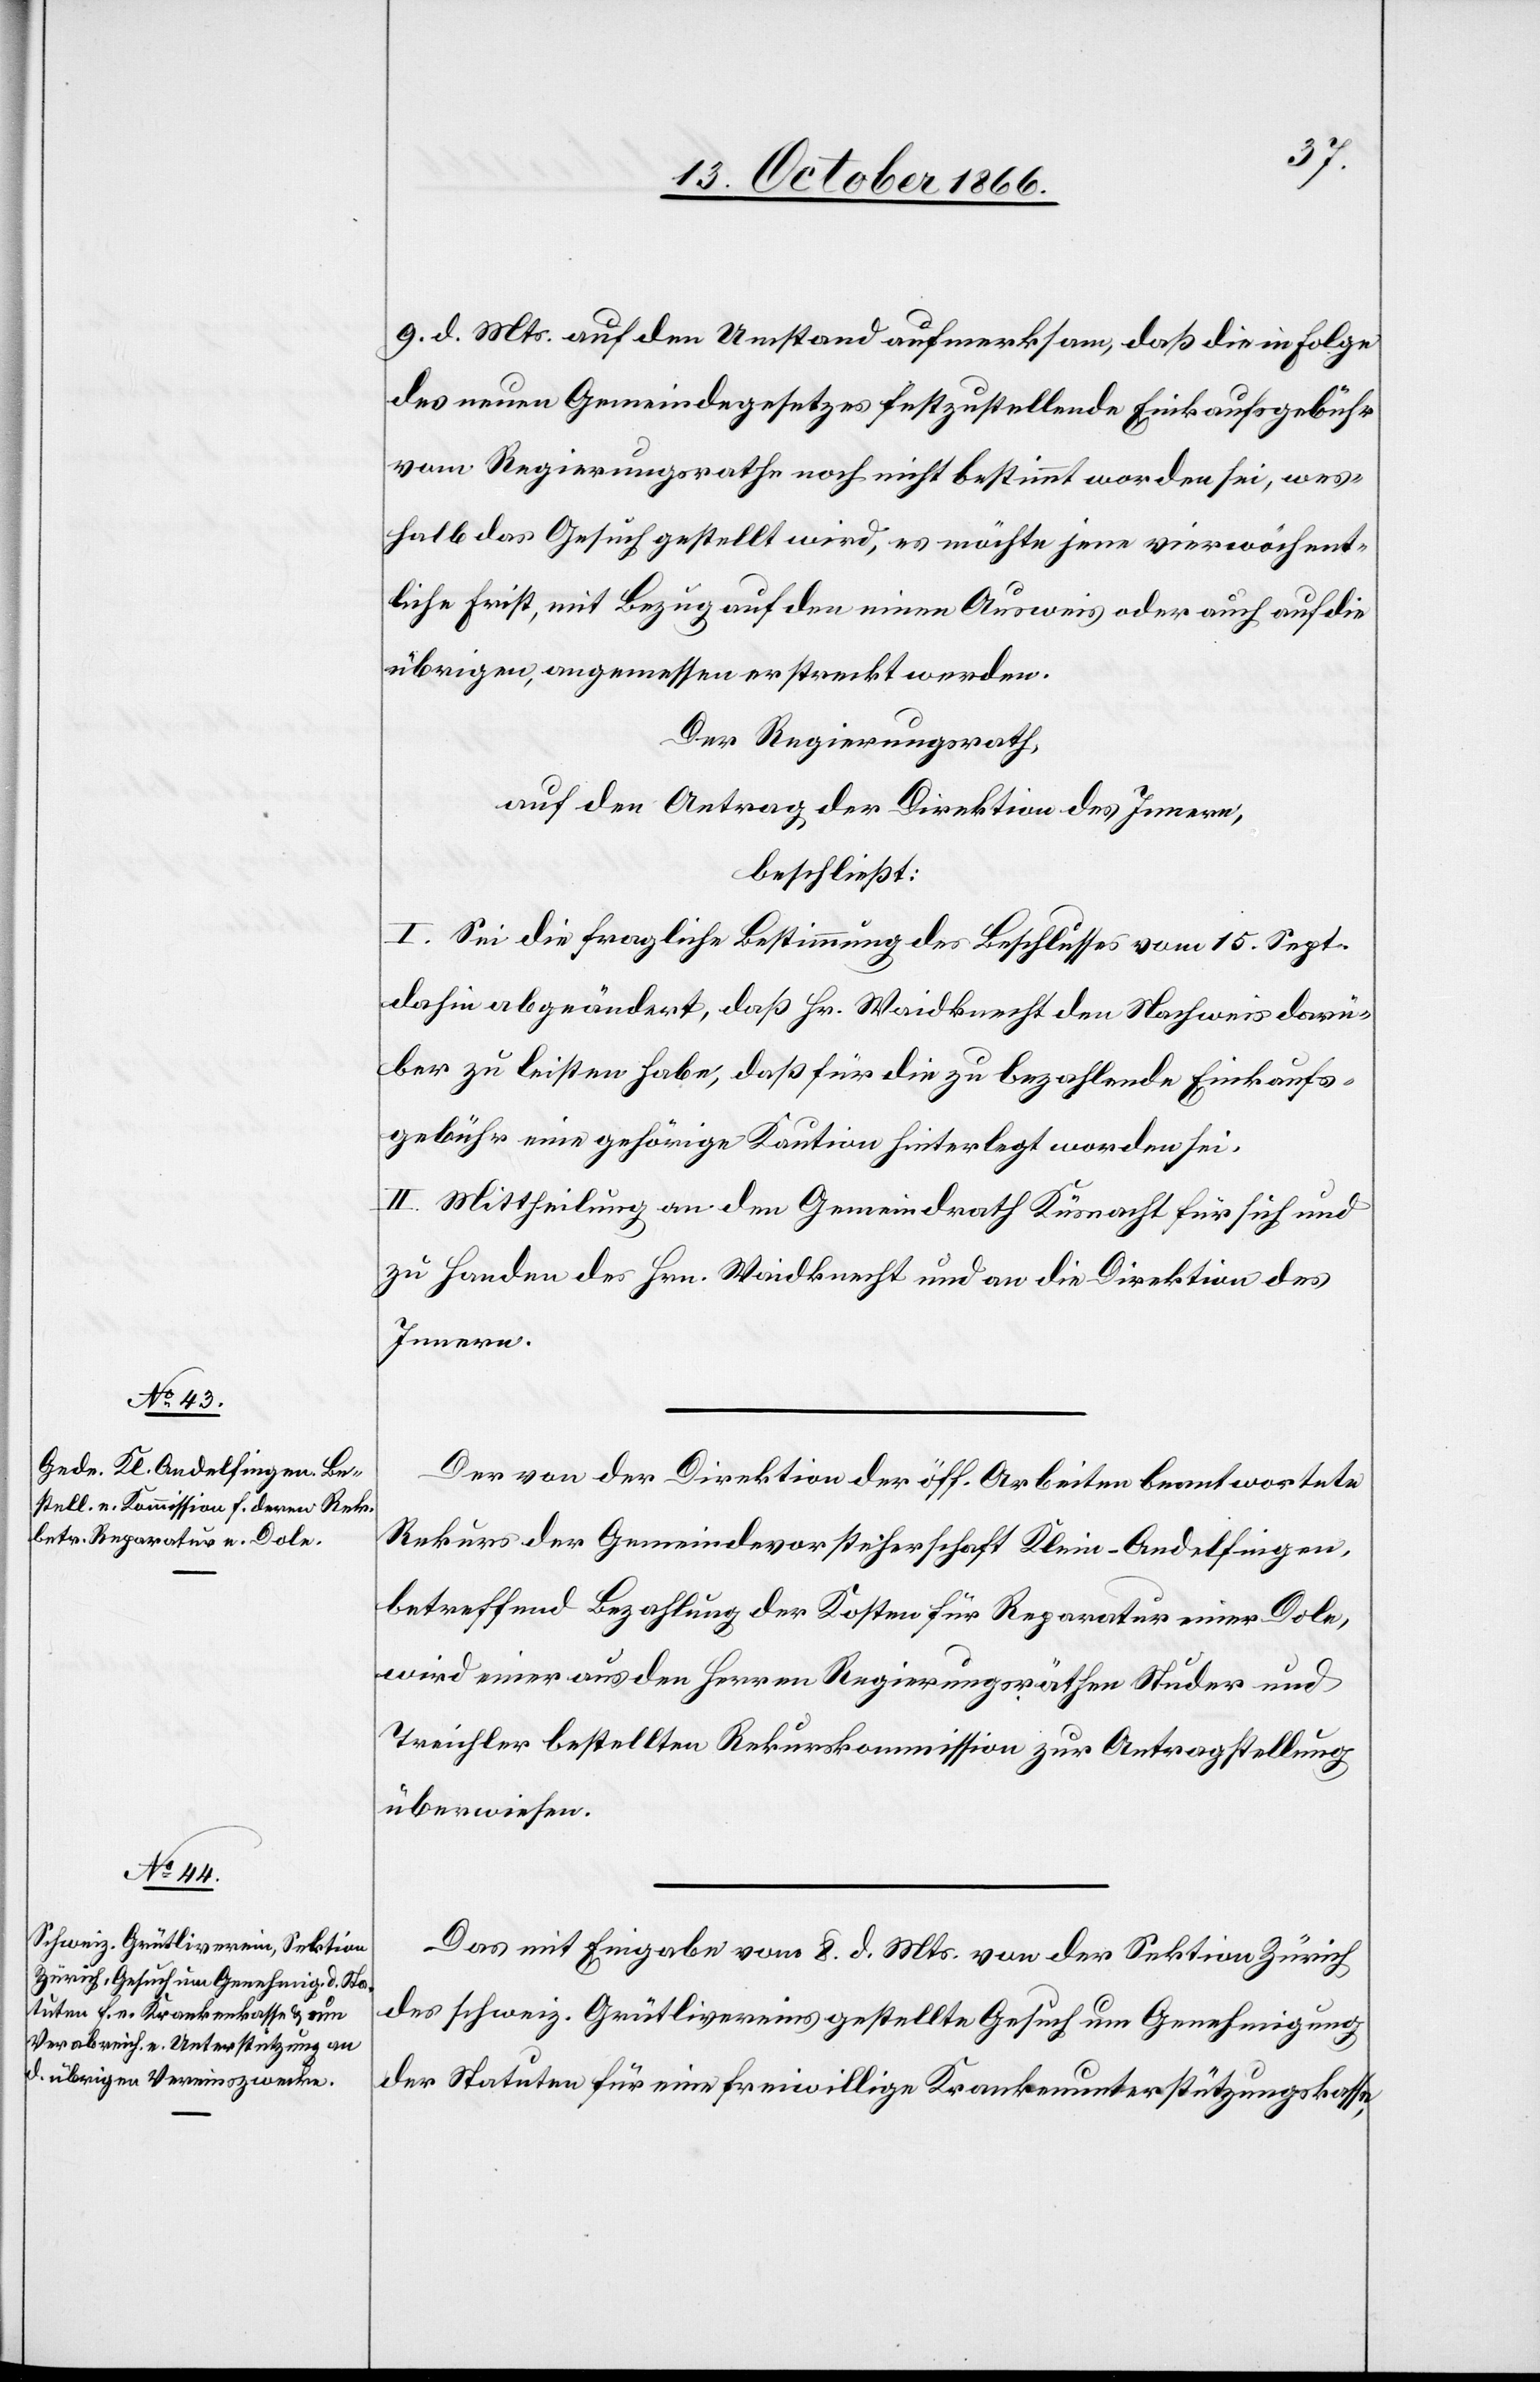
9. d. Mts. auf den Umstand aufmerksam, daß die in Folge
des neuen Gemeindegesetzes festzustellende Einkaufsgebühr
vom Regierungsrathe noch nicht bestimmt worden sei, wes¬
halb das Gesuch gestellt wird, es möchte jene vierwöchent¬
liche Frist, mit Bezug auf den einen Ausweis oder auch auf die
übrigen, angemessen erstreckt werden.
Der Regierungsrath,
auf den Antrag der Direktion des Innern,
beschließt:
I. Sei die fragliche Bestimmung des Beschlusses vom 15. Sept.
dahin abgeändert, daß Hr. Waidknecht den Nachweis darü¬
ber zu leisten habe, daß für die zu bezahlende Einkaufs¬
gebühr eine gehörige Kaution hinterlegt worden sei.
II. Mittheilung an den Gemeindrath Küsnacht für sich und
zu Handen des Hrn. Waidknecht und an die Direktion des
Innern.
Der von der Direktion der öff. Arbeiten beantwortete
Rekurs der Gemeindevorsteherschaft Klein-Andelfingen,
betreffend Bezahlung der Kosten für Reparatur einer Dole,
wird einer aus den Herren Regierungsräthen Studer und
Treichler bestellten Rekurskommission zur Antragstellung
überwiesen.
Das mit Eingabe vom 8. d. Mts von der Sektion Zürich
des schweiz. Grütlivereins gestellte Gesuch um Genehmigung
der Statuten für eine freiwillige Krankenunterstützungskasse